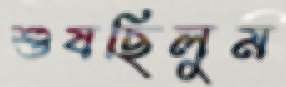
শুষছিলুম